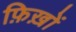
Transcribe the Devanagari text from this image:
फ़िख़ों